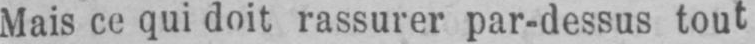
Mais ce qui doit rassurer par-dessus tout